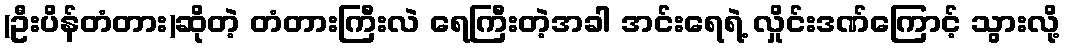
(ဦးပိန်တံတား)ဆိုတဲ့ တံတားကြီးလဲ ရေကြီးတဲ့အခါ အင်းရေရဲ့ လှိုင်းဒဏ်ကြောင့် သွားလို့